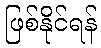
ဖြစ်နိုင်ရန်